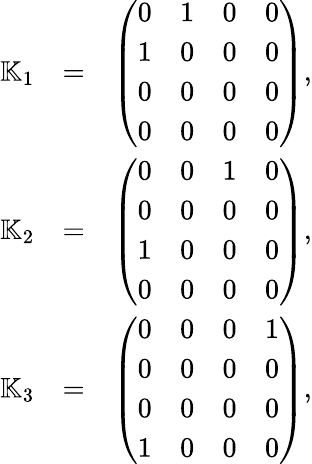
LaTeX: \begin{array}{rlr}{{\mathbb K}_{1}}&{=}&{\left(\begin{array}{rrrr}{0}&{1}&{0}&{0}\\ {1}&{0}&{0}&{0}\\ {0}&{0}&{0}&{0}\\ {0}&{0}&{0}&{0}\end{array}\right),}\\ {{\mathbb K}_{2}}&{=}&{\left(\begin{array}{rrrr}{0}&{0}&{1}&{0}\\ {0}&{0}&{0}&{0}\\ {1}&{0}&{0}&{0}\\ {0}&{0}&{0}&{0}\end{array}\right),}\\ {{\mathbb K}_{3}}&{=}&{\left(\begin{array}{rrrr}{0}&{0}&{0}&{1}\\ {0}&{0}&{0}&{0}\\ {0}&{0}&{0}&{0}\\ {1}&{0}&{0}&{0}\end{array}\right),}\end{array}